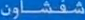
مشقلاون